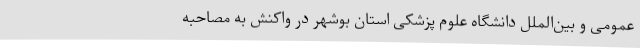
عمومی و بین‌الملل دانشگاه علوم پزشکی استان بوشهر در واکنش به مصاحبه